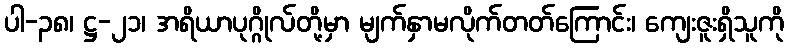
ပါ-၃၈၊ ဋ္ဌ-၂၁၊ အရိယာပုဂ္ဂိုလ်တို့မှာ မျက်နှာမလိုက်တတ်ကြောင်း၊ ကျေးဇူးရှိသူကို